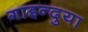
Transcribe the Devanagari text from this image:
गाइन्दुया